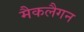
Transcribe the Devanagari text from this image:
मैकलैगन